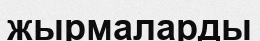
жырмаларды